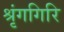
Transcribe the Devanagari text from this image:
श्रृंगगिरि